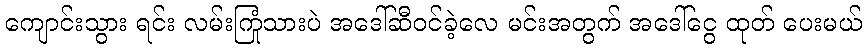
ကျောင်းသွား ရင်း လမ်းကြုံသားပဲ အဒေါ်ဆီဝင်ခဲ့လေ မင်းအတွက် အဒေါ်ငွေ ထုတ် ပေးမယ်